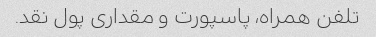
تلفن همراه، پاسپورت و مقداری پول نقد.